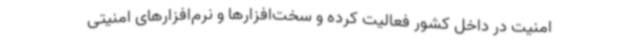
امنیت در داخل کشور فعالیت کرده و سخت‌افزارها و نرم‌افزارهای امنیتی